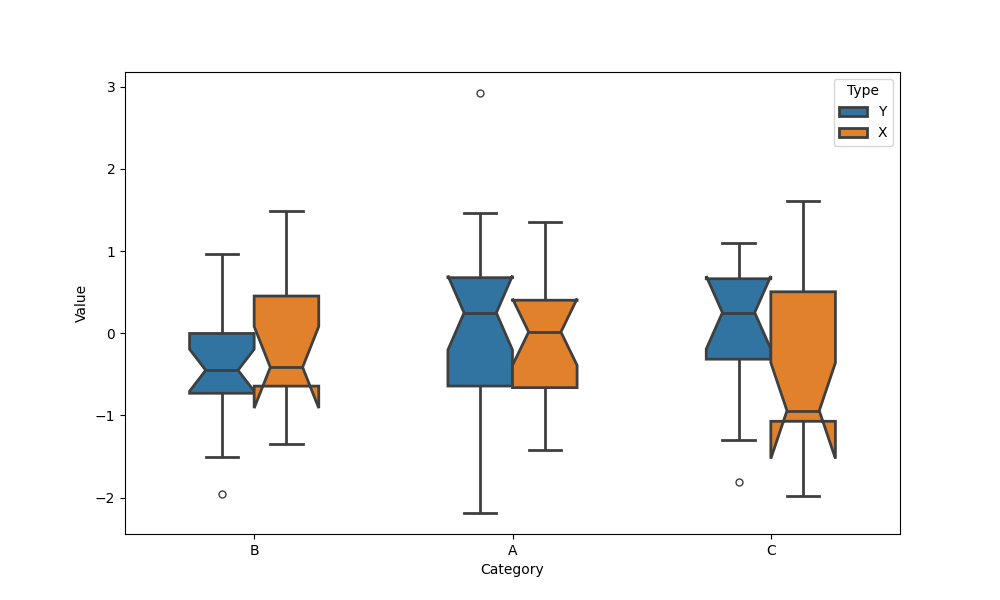
python, seaborn, boxplot, width=0.5, linewidth=2, fliersize=5, notch=True